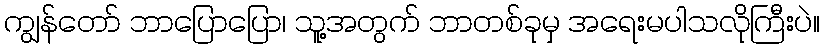
ကျွန်တော် ဘာပြောပြော၊ သူ့အတွက် ဘာတစ်ခုမှ အရေးမပါသလိုကြီးပဲ။